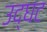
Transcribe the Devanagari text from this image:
उद्घट